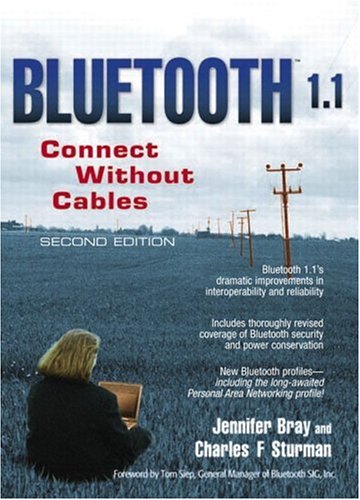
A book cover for Bluetooth 1.1: Connect Without Cables (2nd Edition); Jennifer Bray; Computers & Technology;